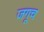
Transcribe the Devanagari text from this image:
जगूच